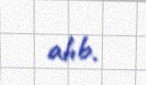
alıb.